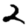
Digit: 2